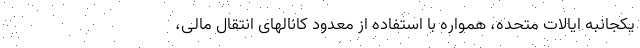
یکجانبه ایالات متحده، همواره با استفاده از معدود کانالهای انتقال مالی،